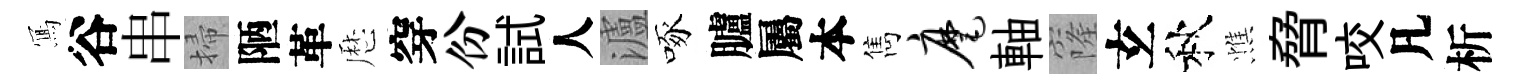
𭂁谷串掃陋革厯穿份試人瀘啄臚屬本雋麾軸窿𤣥秋憔脅咬凡析